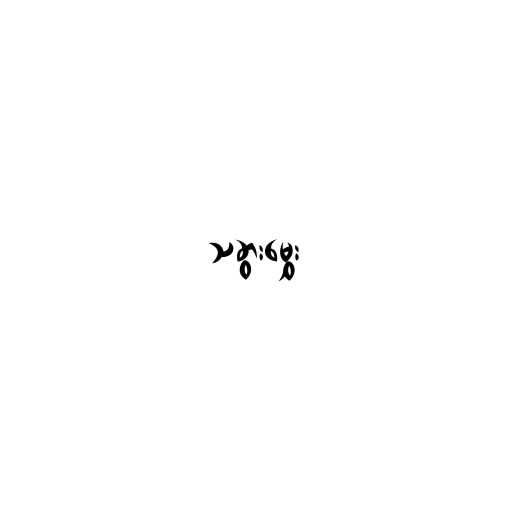
သခွားမွှေး